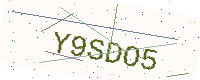
Text: Y9SDO5